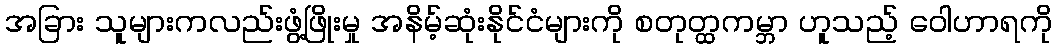
အခြား သူများကလည်းဖွံ့ဖြိုးမှု အနိမ့်ဆုံးနိုင်ငံများကို စတုတ္ထကမ္ဘာ ဟူသည့် ဝေါဟာရကို